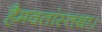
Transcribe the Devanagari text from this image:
हैमवतांस्तथा।